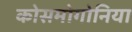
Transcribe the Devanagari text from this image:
कोसमोगोनिया